画像に写った文字を読んでください
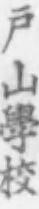
「戸山學校」と書いてあります